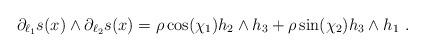
LaTeX: \begin{align*}\partial_{\ell_1}s(x)\wedge \partial_{\ell_2}s(x)=\rho \cos(\chi_1) h_2\wedge h_3 + \rho \sin(\chi_2) h_3\wedge h_1\ . \end{align*}